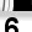
Digit: 6